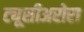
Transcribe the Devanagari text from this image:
ट्यूसीअरोरा